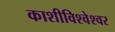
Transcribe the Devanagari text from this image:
काशीविश्‍वेश्‍वर